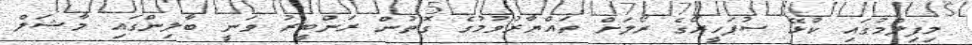
މިފިލްމުގައި ކުޅޭ ސުޕަހީރޯގެ ރޯލަށް ތައްޔާރުވުމުގެ ގޮތުން ރަންބީރު ވަނީ ބާލިންގައި މާޝަލް